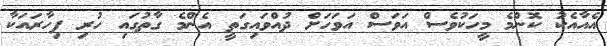
އެއާއެކު ކޮންމެ މީހަކުވެސް އަވަސް އަވަހަށް ދުއްވައިގަތީ އެންމެ ގާތުގައި ހުރި ފިހާރައަކާ